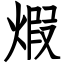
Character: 煆